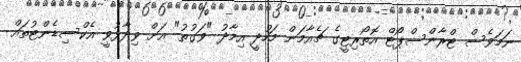
ނަމަވެސް ޓްރާންސްޕޯޓް އޮތޯރިޓީގެ ޗެއާމަން މަހުދީ އިމާދު "ވަގުތު" އަށް ވިދާޅުވީ އެކްސިޑެންޓުތައް